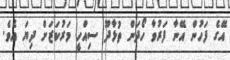
އޭގެ ފަހުން އޭނާ ފަރުވާ ހޯދަން ތުޅާދޫ ސިއްހީ މަރުކަޒަށް ދިޔަ އެވެ.